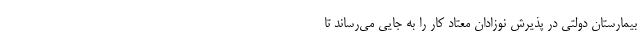
بیمارستان دولتی در پذیرش نوزادان معتاد کار را به جایی می‌رساند تا